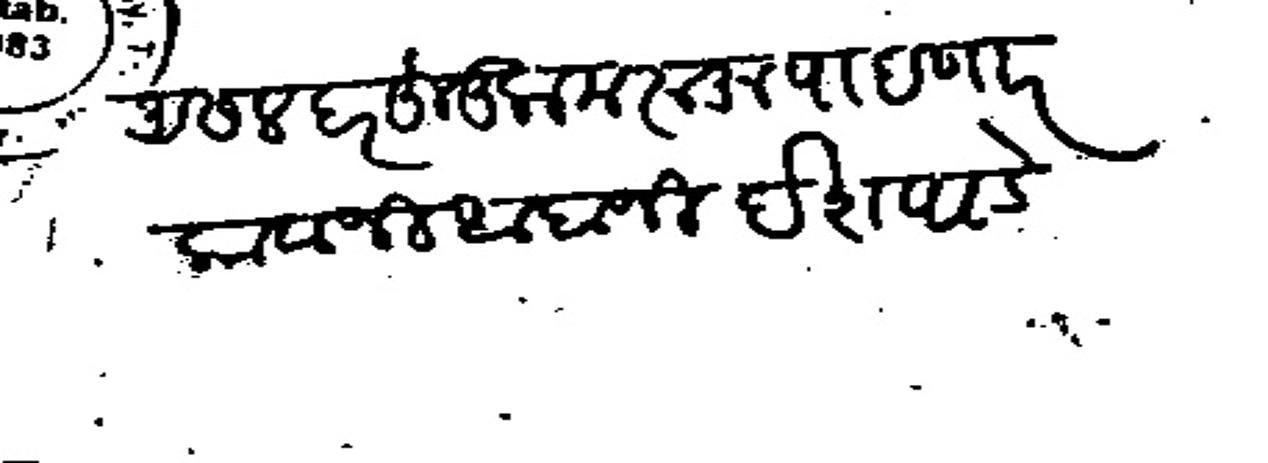
Transliteration (Devanagari): असल बरहुकुम रूजू पाहाणार कावजी आबाजी देशपांडे